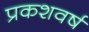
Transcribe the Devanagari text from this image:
प्रकशवर्ष